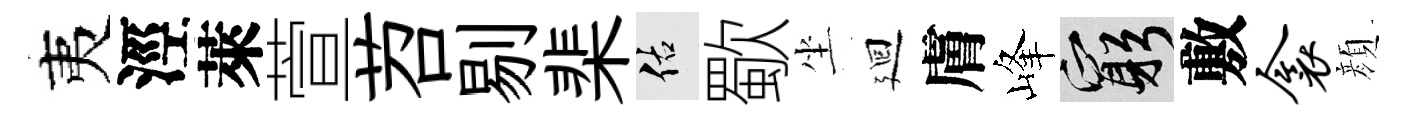
夷涇萊萱苕剔棐佑歜坐廻膚峰窮敷衾顔